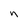
Character: n